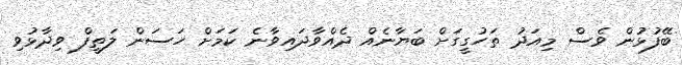
ބޭފުޅުން ވެސް މިއަދު ތަހުގީގަށް ބަޔާނެއް ދެއްވާދައިވާނެ ކަމަށް ހަސަން ލަތީފް ވިދާޅުވި